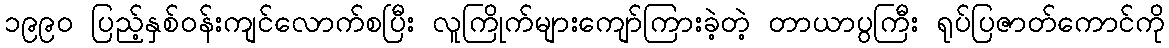
၁၉၉၀ ပြည့်နှစ်ဝန်းကျင်လောက်စပြီး လူကြိုက်များကျော်ကြားခဲ့တဲ့ တာယာပွကြီး ရုပ်ပြဇာတ်ကောင်ကို